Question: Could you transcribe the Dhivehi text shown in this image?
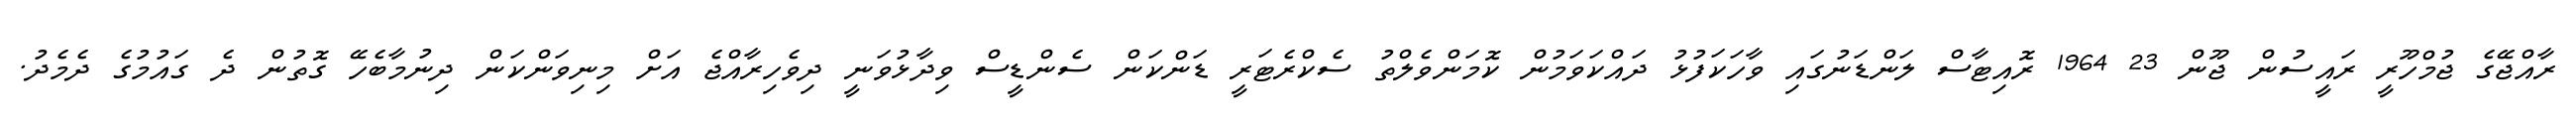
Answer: ރާއްޖޭގެ ޖުމްހޫރީ ރައީސުން ޖޫން 23 1964 ރޮއިޓާސް ލަންޑަނުގައި ވާހަކަފުޅު ދައްކަވަމުން ކޮމަންވެލްތު ސެކްރެޓަރީ ޑަންކަން ސެންޑީސް ވިދާޅުވަނީ ދިވެހިރާއްޖެ އަށް މިނިވަންކަން ދިނުމާބެހޭ ގޮތުން ދެ ގައުމުގެ ދެމެދު.